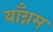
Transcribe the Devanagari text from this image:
याँग्नम